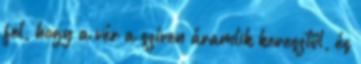
fel, hogy a vér a szíven áramlik keresztül, és